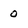
Character: 0